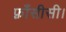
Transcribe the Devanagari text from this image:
फ़्राँसीसी।